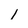
Character: 1